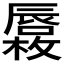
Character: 𱕓